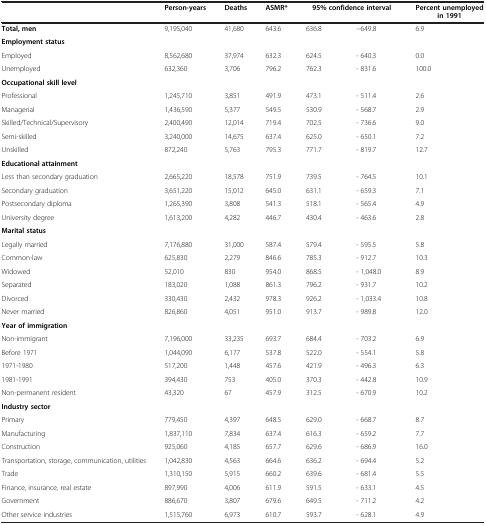
<table><thead><tr><td><b> </b></td><td><b>Person-years</b></td><td><b>Deaths</b></td><td><b>ASMR*</b></td><td colspan="2"><b>95% confidence interval</b></td><td><b>Percent unemployed in 1991</b></td></tr></thead><tbody><tr><td><b>Total, men</b></td><td>9,195,040</td><td>41,680</td><td>643.6</td><td>636.8</td><td>−649.8</td><td>6.9</td></tr><tr><td><b>Employment status</b></td><td> </td><td> </td><td> </td><td> </td><td> </td><td> </td></tr><tr><td>Employed</td><td>8,562,680</td><td>37,974</td><td>632.3</td><td>624.5</td><td>- 640.3</td><td>0.0</td></tr><tr><td>Unemployed</td><td>632,360</td><td>3,706</td><td>796.2</td><td>762.3</td><td>- 831.6</td><td>100.0</td></tr><tr><td><b>Occupational skill level</b></td><td> </td><td> </td><td> </td><td> </td><td> </td><td> </td></tr><tr><td>Professional</td><td>1,245,710</td><td>3,851</td><td>491.9</td><td>473.1</td><td>- 511.4</td><td>2.6</td></tr><tr><td>Managerial</td><td>1,436,590</td><td>5,377</td><td>549.5</td><td>530.9</td><td>- 568.7</td><td>2.9</td></tr><tr><td>Skilled/Technical/Supervisory</td><td>2,400,490</td><td>12,014</td><td>719.4</td><td>702.5</td><td>- 736.6</td><td>9.0</td></tr><tr><td>Semi-skilled</td><td>3,240,000</td><td>14,675</td><td>637.4</td><td>625.0</td><td>- 650.1</td><td>7.2</td></tr><tr><td>Unskilled</td><td>872,240</td><td>5,763</td><td>795.3</td><td>771.7</td><td>- 819.7</td><td>12.7</td></tr><tr><td><b>Educational attainment</b></td><td> </td><td> </td><td> </td><td> </td><td> </td><td> </td></tr><tr><td>Less than secondary graduation</td><td>2,665,220</td><td>18,578</td><td>751.9</td><td>739.5</td><td>- 764.5</td><td>10.1</td></tr><tr><td>Secondary graduation</td><td>3,651,220</td><td>15,012</td><td>645.0</td><td>631.1</td><td>- 659.3</td><td>7.1</td></tr><tr><td>Postsecondary diploma</td><td>1,265,390</td><td>3,808</td><td>541.3</td><td>518.1</td><td>- 565.4</td><td>4.9</td></tr><tr><td>University degree</td><td>1,613,200</td><td>4,282</td><td>446.7</td><td>430.4</td><td>- 463.6</td><td>2.8</td></tr><tr><td><b>Marital status</b></td><td> </td><td> </td><td> </td><td> </td><td> </td><td> </td></tr><tr><td>Legally married</td><td>7,176,880</td><td>31,000</td><td>587.4</td><td>579.4</td><td>- 595.5</td><td>5.8</td></tr><tr><td>Common-law</td><td>625,830</td><td>2,279</td><td>846.6</td><td>785.3</td><td>- 912.7</td><td>10.3</td></tr><tr><td>Widowed</td><td>52,010</td><td>830</td><td>954.0</td><td>868.5</td><td>- 1,048.0</td><td>8.9</td></tr><tr><td>Separated</td><td>183,020</td><td>1,088</td><td>861.3</td><td>796.2</td><td>- 931.7</td><td>10.2</td></tr><tr><td>Divorced</td><td>330,430</td><td>2,432</td><td>978.3</td><td>926.2</td><td>- 1,033.4</td><td>10.8</td></tr><tr><td>Never married</td><td>826,860</td><td>4,051</td><td>951.0</td><td>913.7</td><td>- 989.8</td><td>12.0</td></tr><tr><td><b>Year of immigration</b></td><td> </td><td> </td><td> </td><td> </td><td> </td><td> </td></tr><tr><td>Non-immigrant</td><td>7,196,000</td><td>33,235</td><td>693.7</td><td>684.4</td><td>- 703.2</td><td>6.9</td></tr><tr><td>Before 1971</td><td>1,044,090</td><td>6,177</td><td>537.8</td><td>522.0</td><td>- 554.1</td><td>5.8</td></tr><tr><td>1971-1980</td><td>517,200</td><td>1,448</td><td>457.6</td><td>421.9</td><td>- 496.3</td><td>6.3</td></tr><tr><td>1981-1991</td><td>394,430</td><td>753</td><td>405.0</td><td>370.3</td><td>- 442.8</td><td>10.9</td></tr><tr><td>Non-permanent resident</td><td>43,320</td><td>67</td><td>457.9</td><td>312.5</td><td>- 670.9</td><td>10.2</td></tr><tr><td><b>Industry sector</b></td><td> </td><td> </td><td> </td><td> </td><td> </td><td> </td></tr><tr><td>Primary</td><td>779,450</td><td>4,397</td><td>648.5</td><td>629.0</td><td>- 668.7</td><td>8.7</td></tr><tr><td>Manufacturing</td><td>1,837,110</td><td>7,834</td><td>637.4</td><td>616.3</td><td>- 659.2</td><td>7.7</td></tr><tr><td>Construction</td><td>925,060</td><td>4,185</td><td>657.7</td><td>629.6</td><td>- 686.9</td><td>16.0</td></tr><tr><td>Transportation, storage, communication, utilities</td><td>1,042,830</td><td>4,563</td><td>664.6</td><td>636.2</td><td>- 694.4</td><td>5.2</td></tr><tr><td>Trade</td><td>1,310,150</td><td>5,915</td><td>660.2</td><td>639.6</td><td>- 681.4</td><td>5.5</td></tr><tr><td>Finance, insurance, real estate</td><td>897,990</td><td>4,006</td><td>611.9</td><td>591.5</td><td>- 633.1</td><td>4.5</td></tr><tr><td>Government</td><td>886,670</td><td>3,807</td><td>679.6</td><td>649.5</td><td>- 711.2</td><td>4.2</td></tr><tr><td>Other service industries</td><td>1,515,760</td><td>6,973</td><td>610.7</td><td>593.7</td><td>- 628.1</td><td>4.9</td></tr></tbody></table>